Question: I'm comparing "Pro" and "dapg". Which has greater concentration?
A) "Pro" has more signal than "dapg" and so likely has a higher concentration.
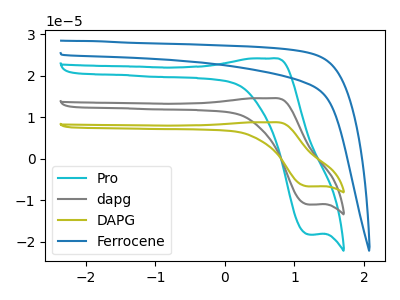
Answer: <think>The cyan curve "Pro" has an anodic peak at (0.65V, 24.20uA) and a cathodic peak at (1.20V, -18.25uA). The gray curve "dapg" has an anodic peak at (0.65V, 14.60uA) and a cathodic peak at (1.20V, -11.00uA). The olive curve "DAPG" has an anodic peak at (0.65V, 29.20uA) and a cathodic peak at (1.20V, -22.00uA). The blue curve "Ferrocene" has no peaks.
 All the peaks in "Pro" have a peak in "dapg" at the same potential. Every peak in "Pro" is higher than every peak in "dapg".</think>
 <answer>A) "Pro" has more signal than "dapg" and so likely has a higher concentration.</answer>
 <eval>A</eval>